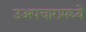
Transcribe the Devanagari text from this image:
उअपचारामध्ये